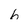
Character: b